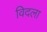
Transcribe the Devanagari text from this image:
विदला